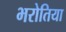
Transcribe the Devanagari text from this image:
भरोतिया